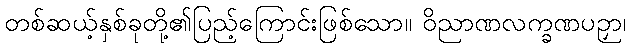
တစ်ဆယ့်နှစ်ခုတို့၏ပြည့်ကြောင်းဖြစ်သော။ ဝိညာဏလက္ခဏပဉှာ၊